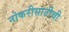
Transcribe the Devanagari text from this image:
नोकरीसाठीची